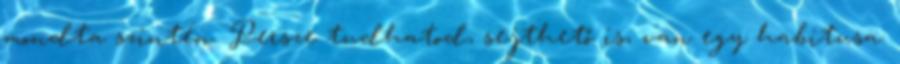
mondta szintén. Persze tudhatod, sejthető is, van egy habitusa.